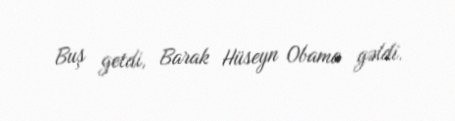
Buş getdi, Barak Hüseyn Obama gəldi.